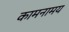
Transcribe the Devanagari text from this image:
कामनामय